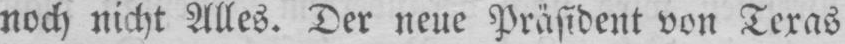
noch nicht Alles. Der neue Präsident von Texas